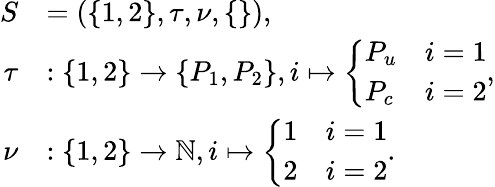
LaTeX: \begin{array}{rl}{S}&{=\left(\{ 1,2\} ,\tau,\nu,\{ \} \right),}\\ {\tau}&{:\{ 1,2\} \rightarrow\{ P_{1},P_{2}\} ,i\mapsto\left\{ \begin{array}{ll}{P_{u}}&{i=1}\\ {P_{c}}&{i=2}\end{array}\right.,}\\ {\nu}&{:\{ 1,2\} \rightarrow\mathbb{N},i\mapsto\left\{ \begin{array}{ll}{1}&{i=1}\\ {2}&{i=2}\end{array}\right..}\end{array}